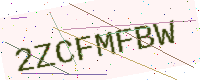
Text: 2ZCFMFBW